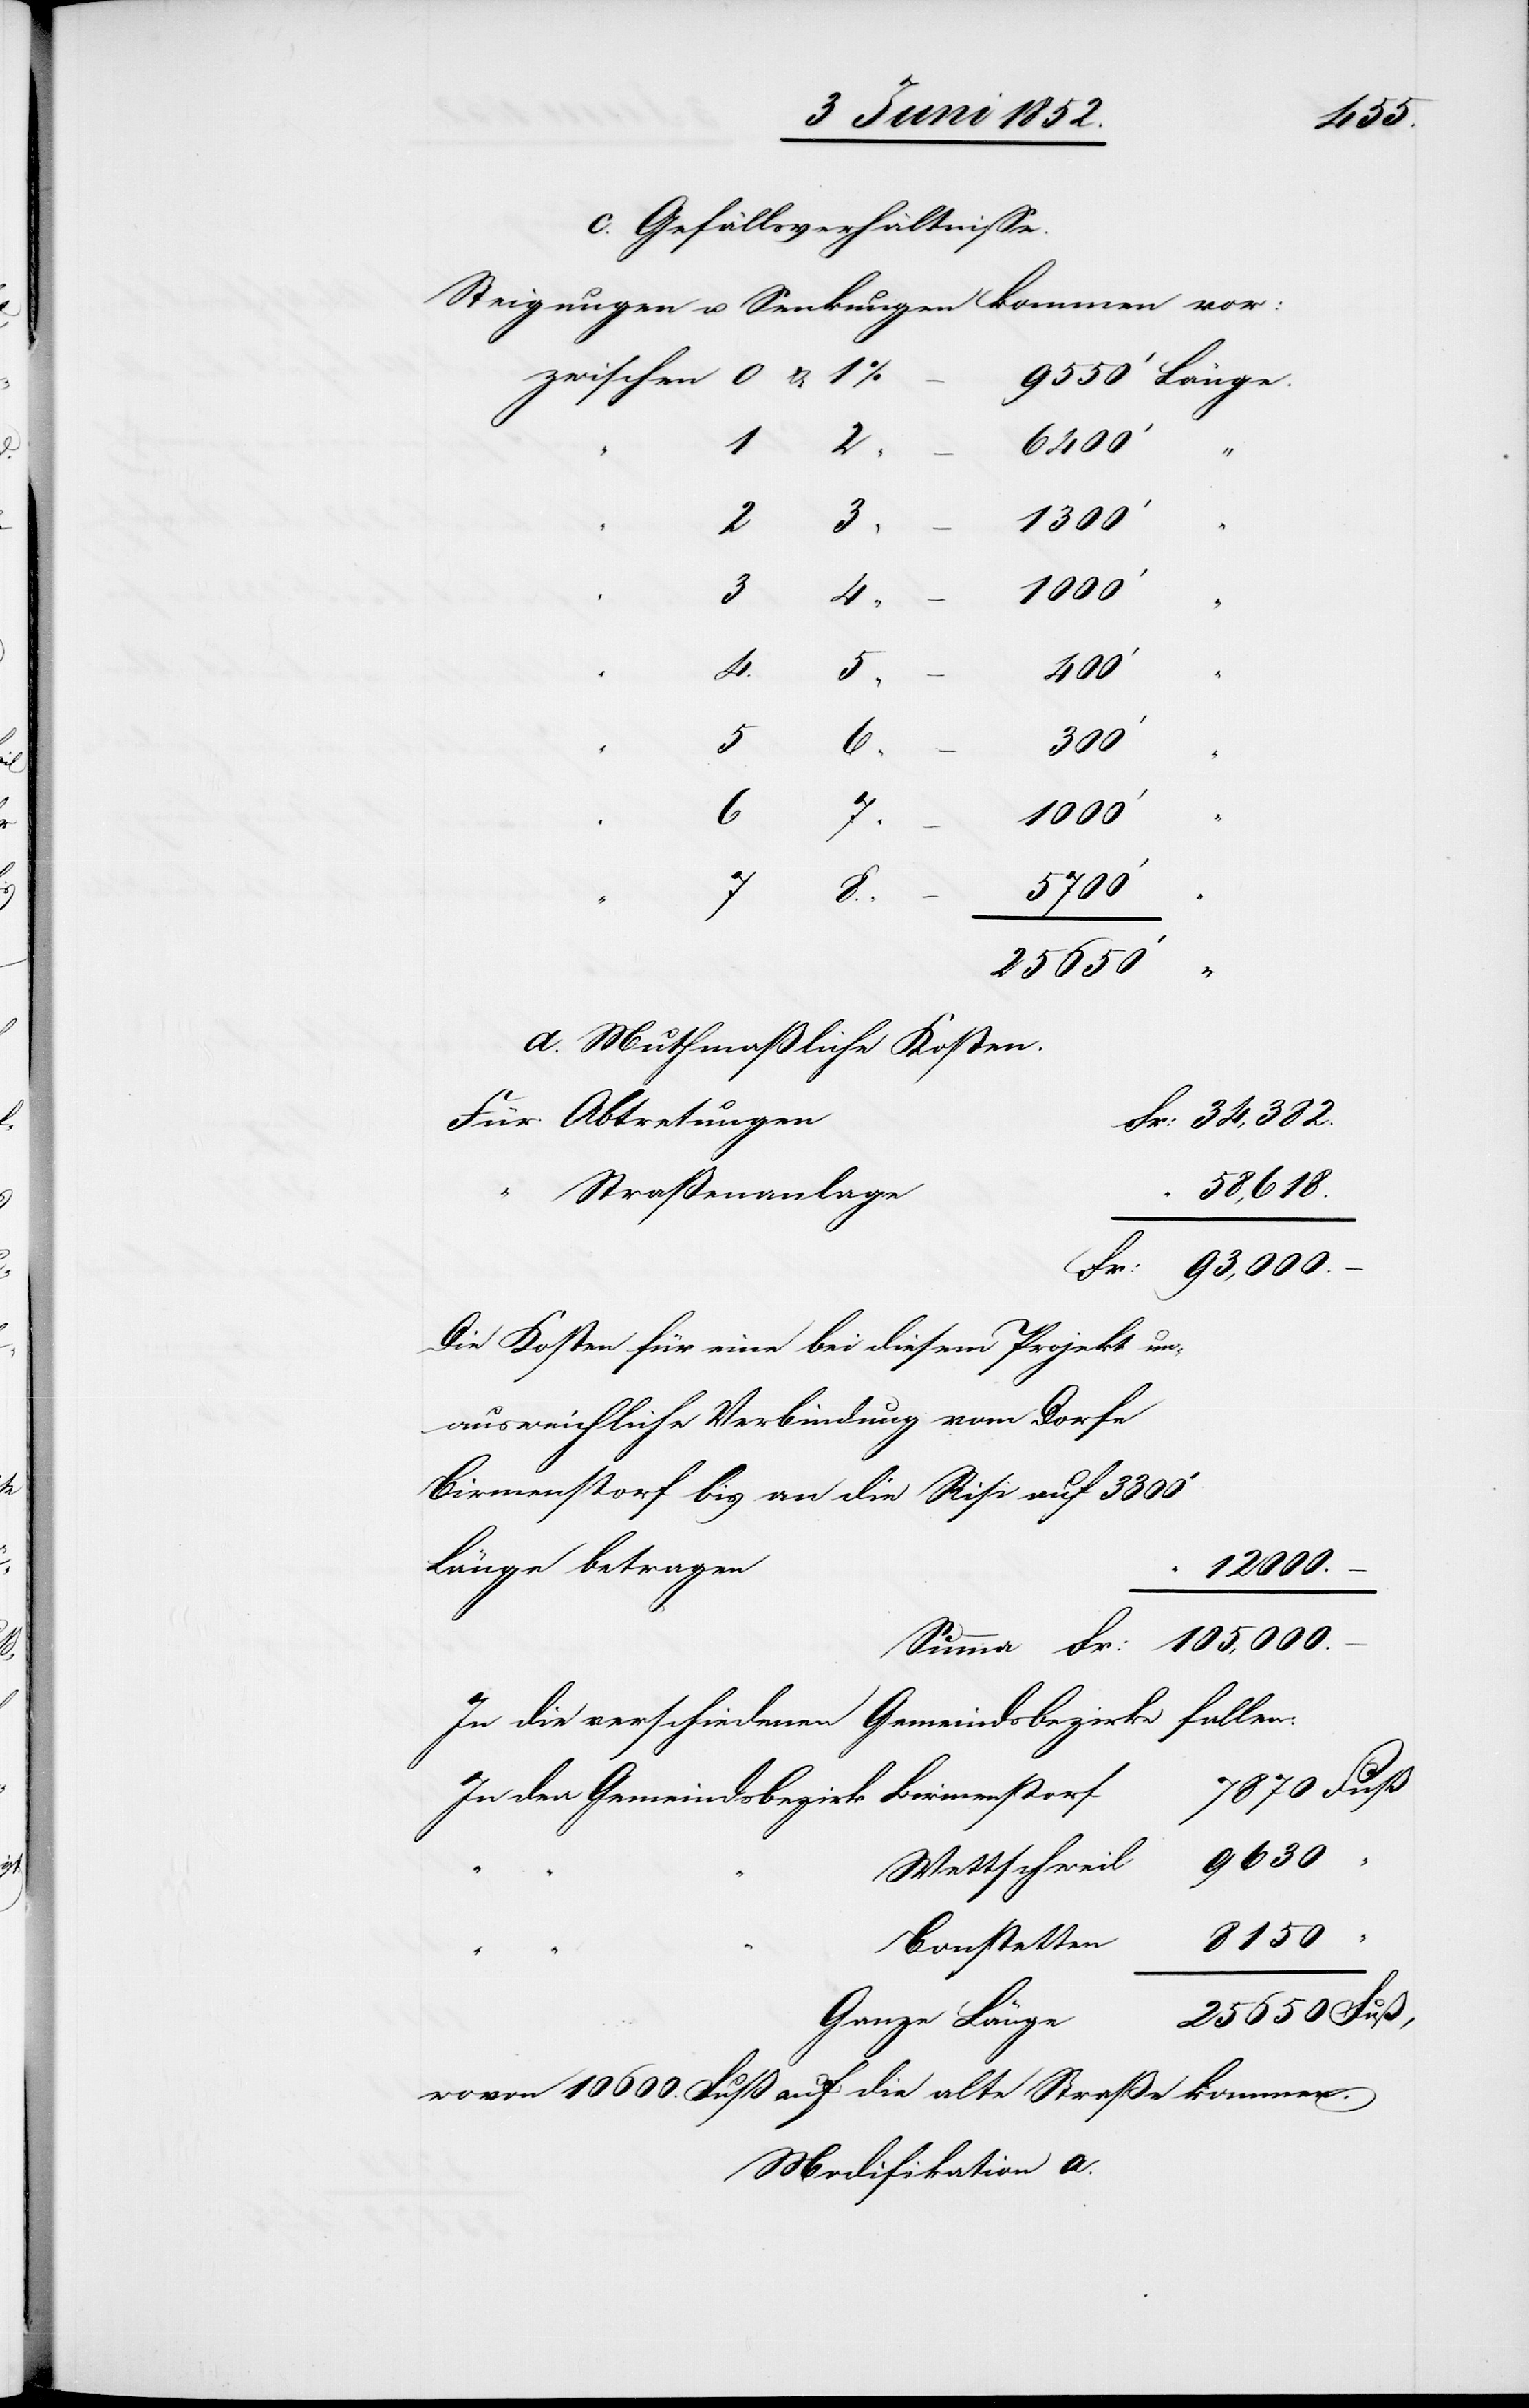
c. Gefällsverhältnisse.
Steigungen u. Senkungen kommen vor:
“
6400‘
1300‘
3
4
1000‘
4.
400‘
5
7870
6
7
1000‘
5700‘
25 650‘
d. Muthmaßliche Kosten.
Abtretungen
Fr: 34,382.
58,618.
Straßenanlage
Fr: 93,000.
Die Kosten für eine bei diesem Projekt un¬
ausweichliche Verbindung vom Dorfe
Birmenstorf bis an die Risi auf 3300‘
Länge betragen
12 000.
105,000.
Gemeindsbezirke fallen:
In die verschiedenen
Birmenstorf
In den Gemeindsbezirk
9630
Wettschweil
8150
Bonstetten
25 650 Fuß,
Ganze Länge
wovon 10 600. Fuß auf die alte Straße
Modifikation a.